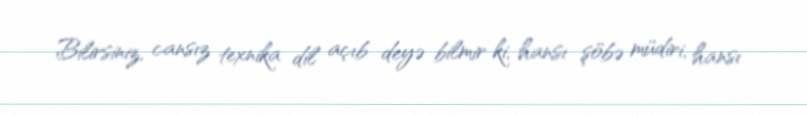
Bilirsiniz, cansız texnika dil açıb deyə bilmir ki, hansı şöbə müdiri, hansı